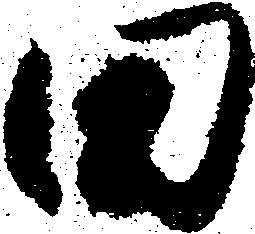
田